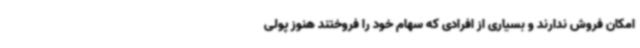
امکان فروش ندارند و بسیاری از افرادی که سهام خود را فروختند هنوز پولی